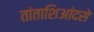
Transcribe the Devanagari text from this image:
तांताशिआंदसे